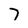
Character: 7